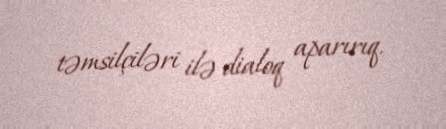
təmsilçiləri ilə dialoq aparırıq.